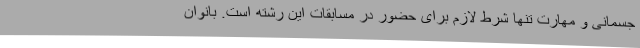
جسمانی و مهارت تنها شرط لازم برای حضور در مسابقات این رشته است. بانوان